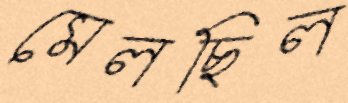
মেলছিল